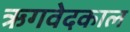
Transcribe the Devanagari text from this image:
ऋगवेदकाल